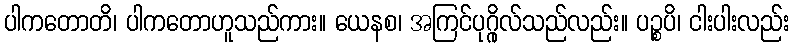
ပါကတောတိ၊ ပါကတောဟူသည်ကား။ ယေနစ၊ အကြင်ပုဂ္ဂိုလ်သည်လည်း။ ပဉ္စပိ၊ ငါးပါးလည်း